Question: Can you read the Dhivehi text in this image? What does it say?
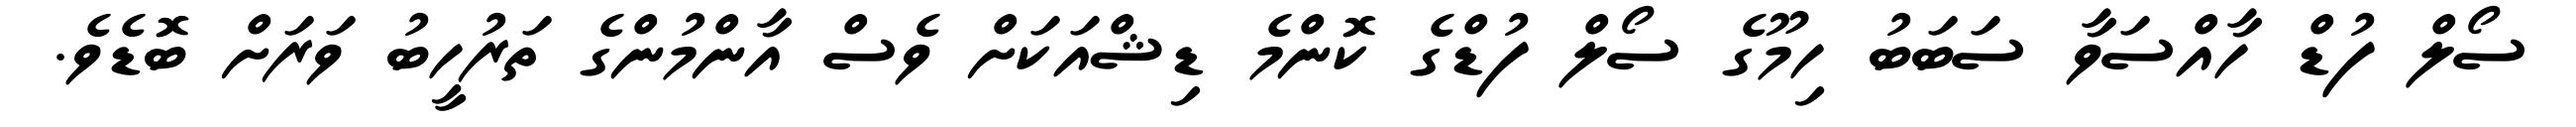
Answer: ސޯލް ފުޑް ހާއްސަވާ ސަބަބު ހިމޫގެ ސޯލް ފުޑްގެ ކޮންމެ ޑިޝްއަކަށް ވެސް އާންމުންގެ ތަރުހީބު ވަރަށް ބޮޑެވެ.